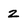
Character: 2